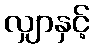
လျှာနှင့်